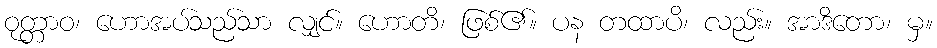
ဝုတ္တာဝ၊ ဟောအပ်သည်သာ လျှင်။ ဟောတိ၊ ဖြစ်၏။ ပန တထာပိ၊ လည်း။ အာဒိတော၊ မှ။